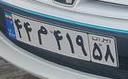
۴۴م۴۱۹۵۸